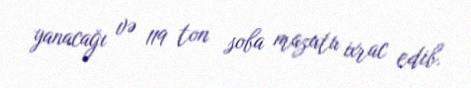
yanacağı və 119 ton soba mazutu ixrac edib.